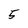
Character: 5